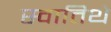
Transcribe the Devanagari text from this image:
स्वातिथे